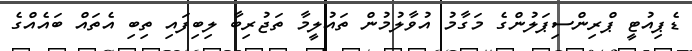
ޑެޕިއުޓީ ޕްރިންސިޕަލުންގެ މަގާމު އުވާލުމުން ތައުލީމާ ތަޖުރިބާ ލިބިފައި ތިބި އެތައް ބައެެއްގެ